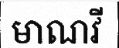
មាណវី